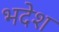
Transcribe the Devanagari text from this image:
भदेश